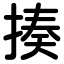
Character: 揍